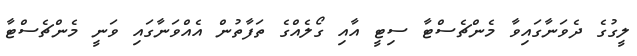
ލީގުގެ ދެވަނާގައިވާ މެންޗެސްޓާ ސިޓީ އާއި ގޯލެއްގެ ތަފާތުން އެއްވަނާގައި ވަނީ މެންޗެސްޓާ